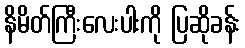
နိမိတ်ကြီးလေးပါးကို ပြဆိုခန်း